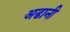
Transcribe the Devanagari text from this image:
अडानी